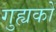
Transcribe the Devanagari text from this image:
गुह्यकों